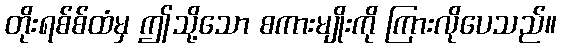
တိုးရစ်စ်ထံမှ ဤသို့သော စကားမျိုးကို ကြားလိုပေသည်။